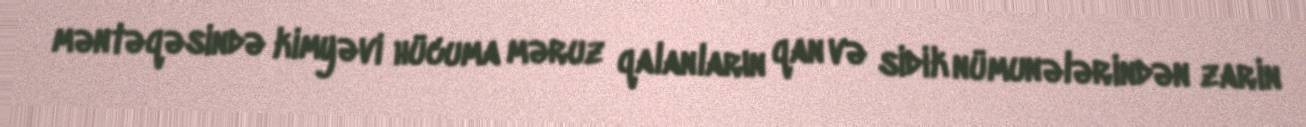
məntəqəsində kimyəvi hücuma məruz qalanların qan və sidik nümunələrindən zarin